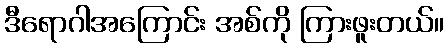
ဒီရောဂါအကြောင်း အစ်ကို ကြားဖူးတယ်။